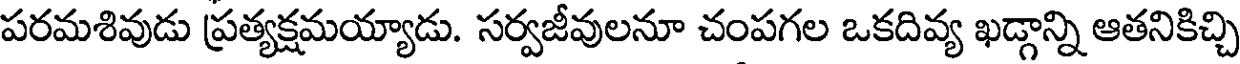
పరమశివుడు ప్రత్యక్షమయ్యాడు. సర్వజీవులనూ చంపగల ఒకదివ్య ఖడ్గాన్ని ఆతనికిచ్చి